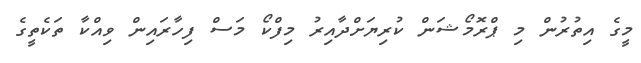
މީގެ އިތުރުން މި ޕްރޮމޯޝަން ކުރިޔަށްދާއިރު މިފްކޯ މަސް ފިހާރައިން ވިއްކާ ތަކެތީގެ